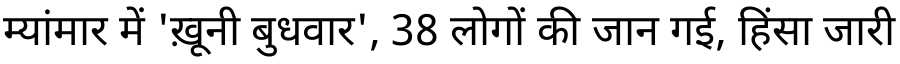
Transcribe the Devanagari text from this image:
म्यांमार में 'ख़ूनी बुधवार', 38 लोगों की जान गई, हिंसा जारी